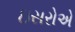
ઇસરોએ